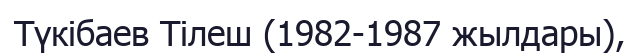
Түкібаев Тілеш (1982-1987 жылдары),